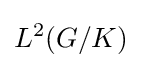
L^{2}(G/K)